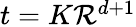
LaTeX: \textstyle t=K{\mathcal{R}}^{d+1}